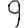
Digit: 9